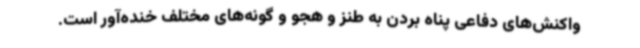
واکنش‌های دفاعی پناه بردن به طنز و هجو و گونه‌های مختلف خنده‌آور است.